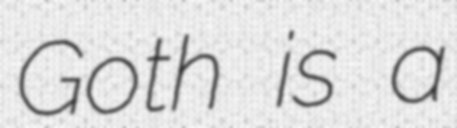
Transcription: Goth is a